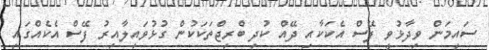
ސައިމަން ވިދާޅުވީ ފޭސް އެކަކާއި ދޭއް ކުދި ބްރިޖްތަކަކުން ގުޅުވައިލާއިރު ފޭސް އެކެއްގައި